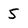
Character: 5